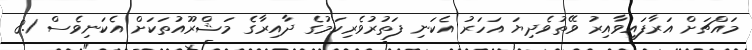
މައްޗަށް އަރާފައިވާއިރު ވޭތުވެދިޔަ އަހަރު އެކަނި ފަތުރުވެރިކަމުގެ ދާއިރާގެ މަޝްރޫއުތަކަށް އެކަނިވެސް 8.1